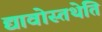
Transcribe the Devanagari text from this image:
द्यावोस्तथेति